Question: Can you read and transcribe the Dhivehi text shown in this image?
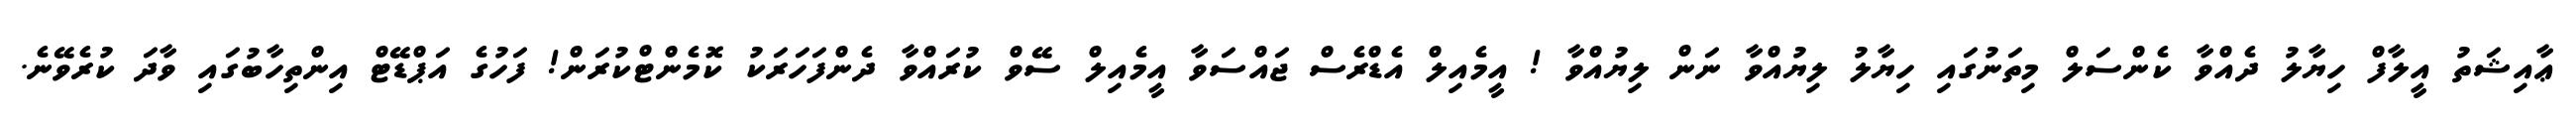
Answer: ޢާއިޝަތު އީލާފް ހިޔާލު ދެއްވާ ކެންސަލް މިތަނުގައި ހިޔާލު ލިޔުއްވާ ނަން ލިޔުއްވާ ! އީމެއިލް އެޑްރެސް ޖައްސަވާ އީމެއިލް ސޭވް ކުރައްވާ ދެންފަހަރަކު ކޮމެންޓްކުރަން! ފަހުގެ އަޕްޑޭޓް އިންތިހާބުގައި ވާދަ ކުރެވޭނެ.